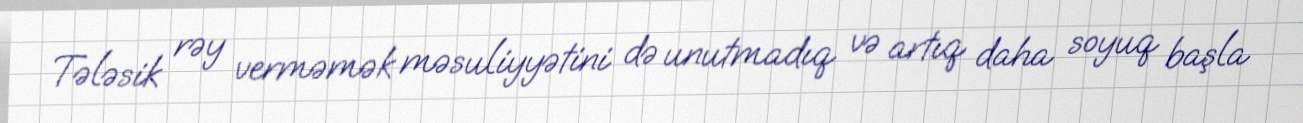
Tələsik rəy verməmək məsuliyyətini də unutmadıq və artıq daha soyuq başla